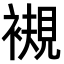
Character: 𧜴